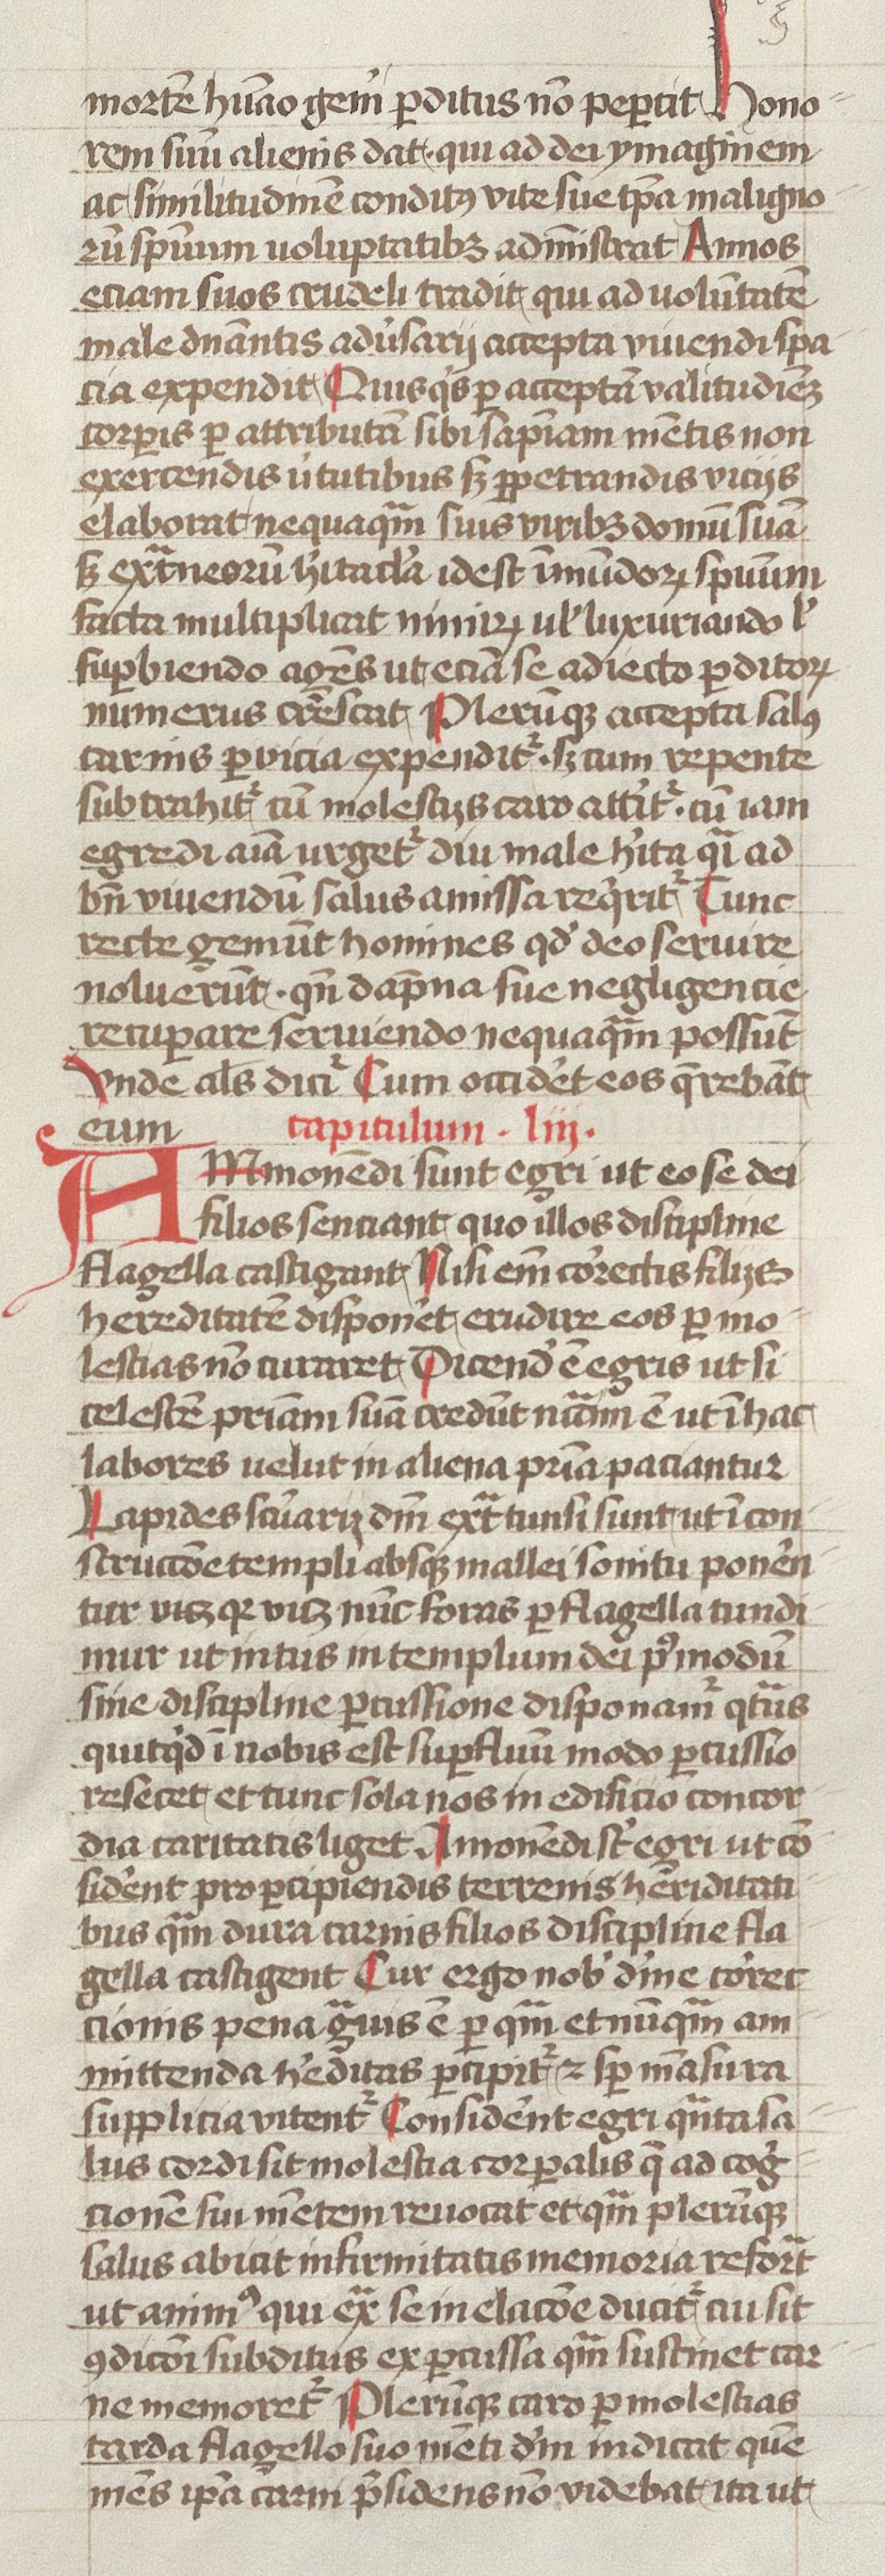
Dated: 1400–1499